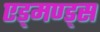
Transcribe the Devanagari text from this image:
एड्मण्ड्स